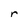
Character: r